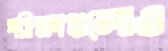
পরীক্ষাগুলোও